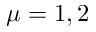
\mu = 1 , 2